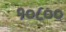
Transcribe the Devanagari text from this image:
१०८००